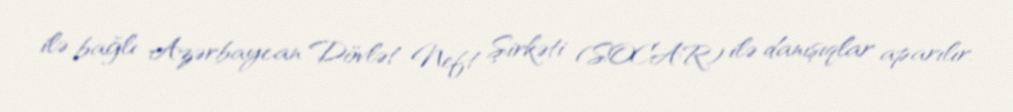
ilə bağlı Azərbaycan Dövlət Neft Şirkəti (SOCAR) ilə danışıqlar aparılır.